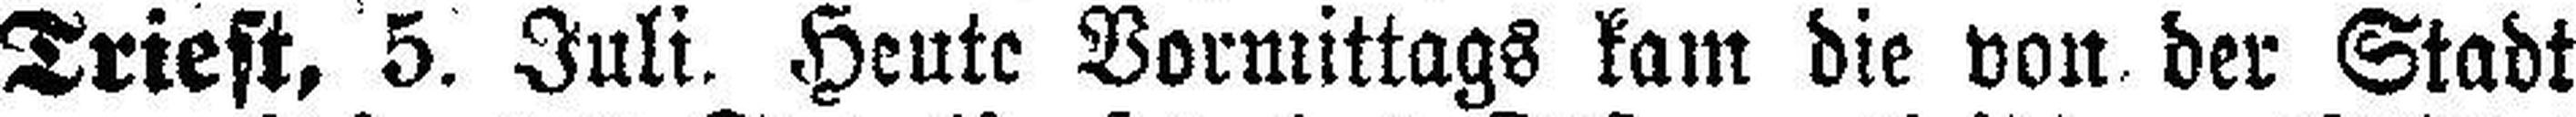
Triest, 5. Juli. Heute Vormittags kam die von der Stadt